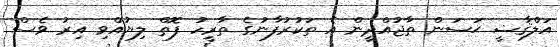
އަލްޤާޟީ ޙަސަން ތާޖުއްދީން އެ ތަކުރުފާނުގެ ތާރީހު ފޮތް ލިޔުއްވި އިރު ވެސް